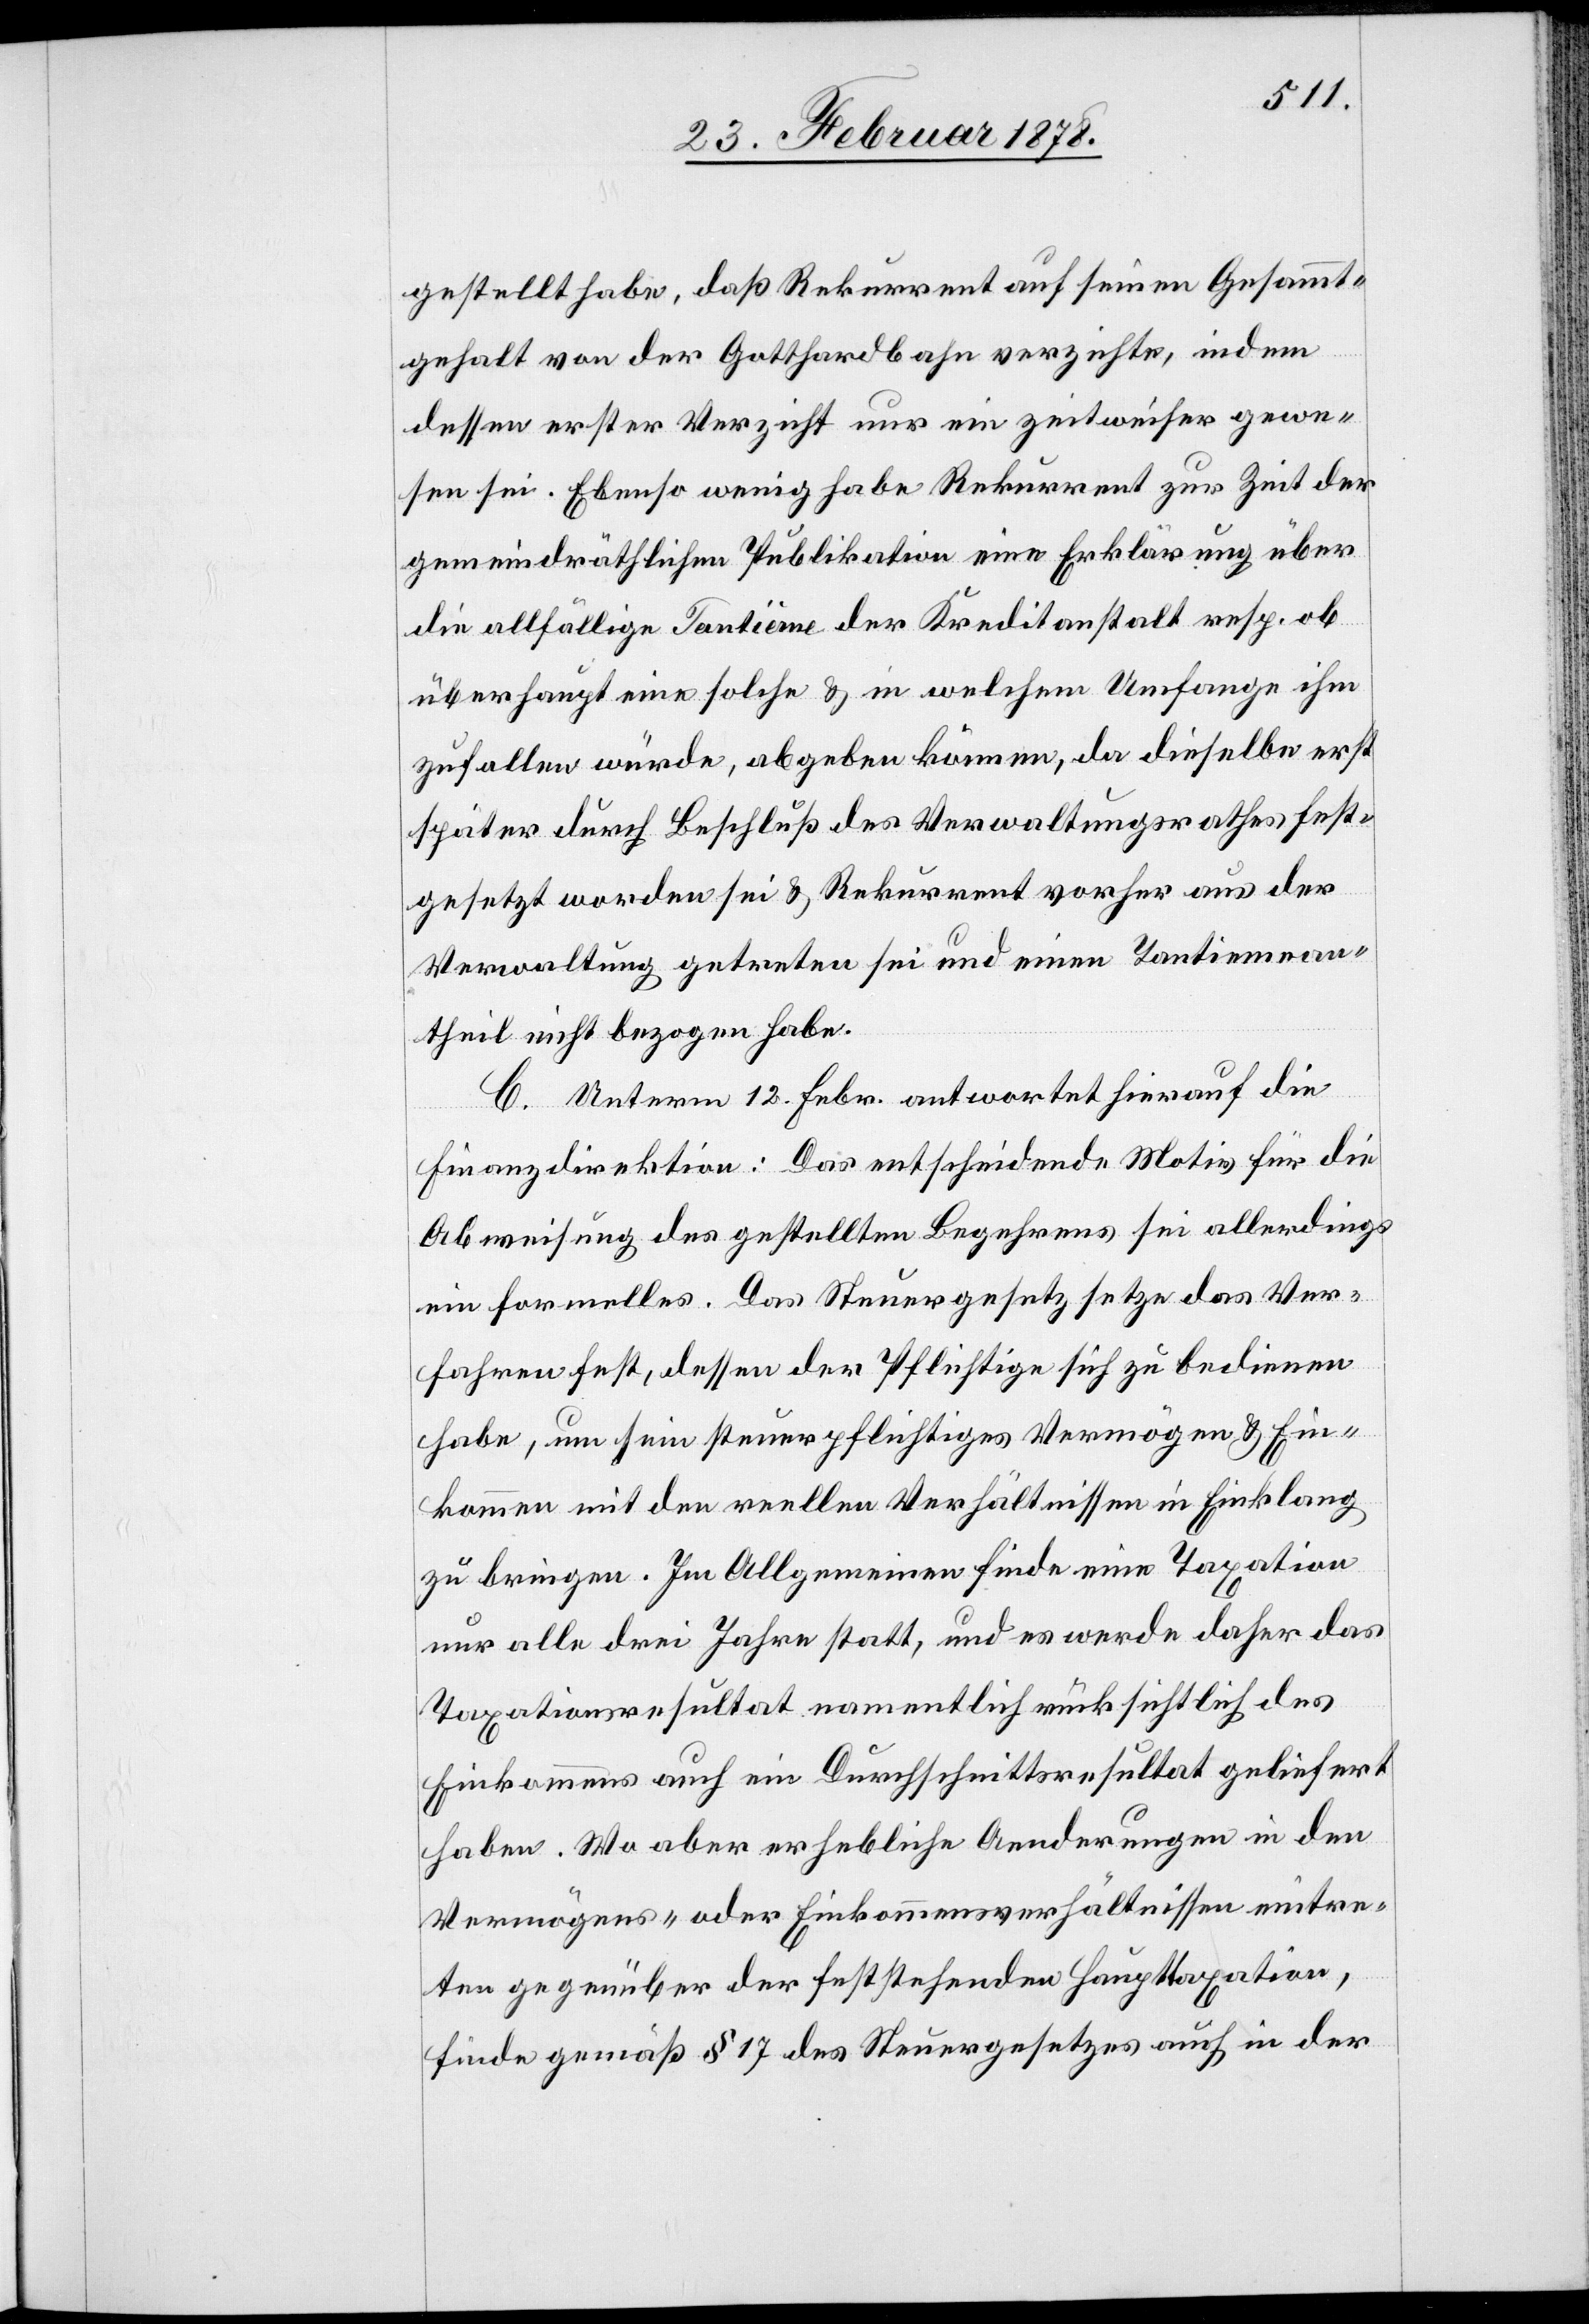
gestellt habe, daß Rekurrent auf seinen Gesammt¬
gehalt von der Gotthardbahn verzichte, indem
dessen erster Verzicht nur ein zeitweiser gewe¬
sen sei. Ebenso wenig habe Rekurrent zur Zeit der
gemeindräthlichen Publikation eine Erklärung über
die allfällige Tantième der Kreditanstalt resp. ob
überhaupt eine solche & in welchem Umfange ihm
zufallen würde, abgeben können, da dieselbe erst
später durch Beschluß des Verwaltungsrathes fest¬
gesetzt worden sei & Rekurrent vorher aus der
Verwaltung getreten sei und einen Tantiemenan¬
theil nicht bezogen habe.
C. Unterm 12. Febr. antwortet hierauf die
Finanzdirektion: Das entscheidende Motiv für die
Abweisung des gestellten Begehrens sei allerdings
ein formelles. Das Steuergesetz setze das Ver¬
fahren fest, dessen der Pflichtige sich zu bedienen
habe, um sein steuerpflichtiges Vermögen & Ein¬
kommen mit den reellen Verhältnissen in Einklang
zu bringen. Im Allgemeinen finde eine Taxation
nur alle drei Jahre statt, und es werde daher das
Taxationsresultat namentlich rücksichtlich des
Einkommens auch ein Durchschnittsresultat geliefert
haben. Wo aber erhebliche Aenderungen in den
Vermögens- oder Einkommensverhältnissen eintre¬
ten gegenüber der feststehenden Haupttaxation,
finde gemäß § 17 des Steuergesetzes auch in der